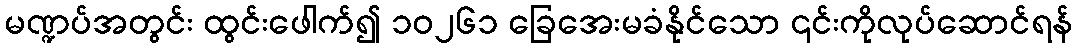
မဏ္ဍပ်အတွင်း ထွင်းဖေါက်၍ ၁၀၂၆၁ ခြေအေးမခံနိုင်သော ၎င်းကိုလုပ်ဆောင်ရန်